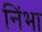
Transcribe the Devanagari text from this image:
निंभा